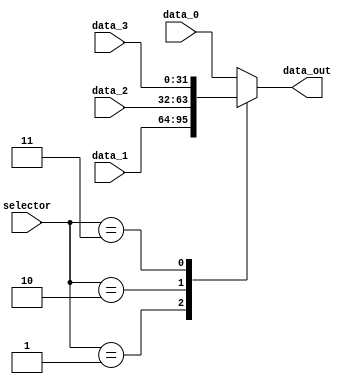
module mux9_3 (
    input wire [2:0] selector,
    input wire [31:0] data_0,
    input wire [31:0] data_1,
    input wire [31:0] data_2,
    input wire [31:0] data_3,
    output reg [31:0] data_out
);

    always @(selector or data_0 or data_1 or data_2) begin
        case(selector)
            3'b000: data_out = data_0;
            3'b001: data_out = data_1;
            3'b010: data_out = data_2;
            3'b011: data_out = data_3;
            default: data_out = data_0;    
        endcase
    end
    
endmodule